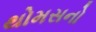
થોમસનો